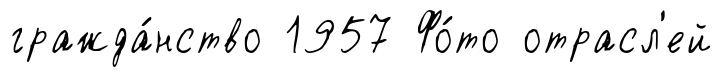
гражда́нство 1957 Фо́то отрасл'ей